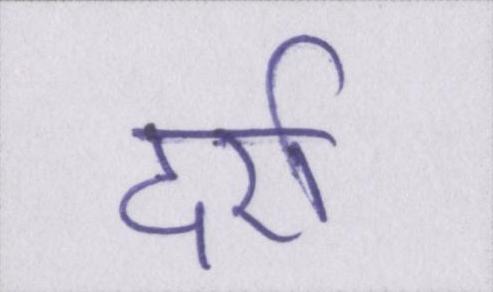
दर्रा